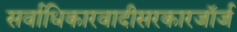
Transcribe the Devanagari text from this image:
सर्वाधिकारवादीसरकारजॉर्ज